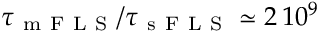
\tau _ { \mathrm { ~ m ~ F ~ L ~ S ~ } } / \tau _ { \mathrm { ~ s ~ F ~ L ~ S ~ } } \simeq 2 \, 1 0 ^ { 9 }